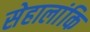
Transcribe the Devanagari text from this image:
सेहालांकि